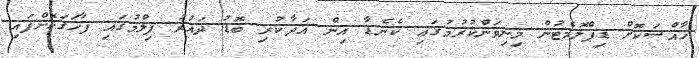
ހާއްސަކޮށް ޑިޕްލޮމެޓުން މިނިވަންކުރުމުގައި ކެނެޑާ އިން އަދާކުރި ބޮޑު ދައުރު ފިލްމުގައި ފާހަގަކޮށްފައި